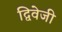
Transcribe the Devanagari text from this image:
द्विवेजी